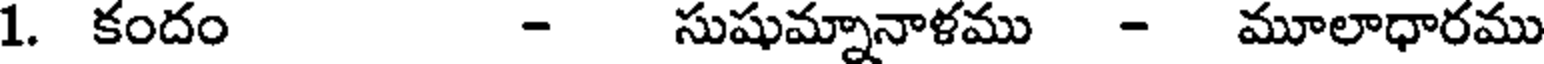
1. కందం - సుషుమ్నానాళము - మూలాధారము